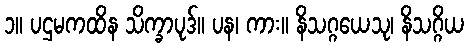
၁။ ပဌမကထိန သိက္ခာပုဒ်။ ပန၊ ကား။ နိသဂ္ဂယေသု၊ နိသဂ္ဂိယ